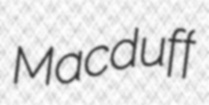
Macduff